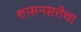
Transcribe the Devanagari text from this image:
शासनसत्तेचा